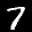
Digit: 7